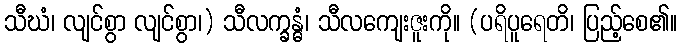
သီဃံ၊ လျင်စွာ လျင်စွာ၊) သီလက္ခန္ဓံ၊ သီလကျေးဇူးကို။ (ပရိပူရေတိ၊ ပြည့်စေ၏။